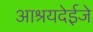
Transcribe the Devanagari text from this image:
आश्रयदेईजे